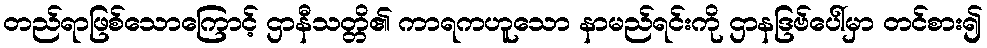
တည်ရာဖြစ်သောကြောင့် ဌာနီသတ္တိ၏ ကာရကဟူသော နာမည်ရင်းကို ဌာနဒြဗ်ပေါ်မှာ တင်စား၍